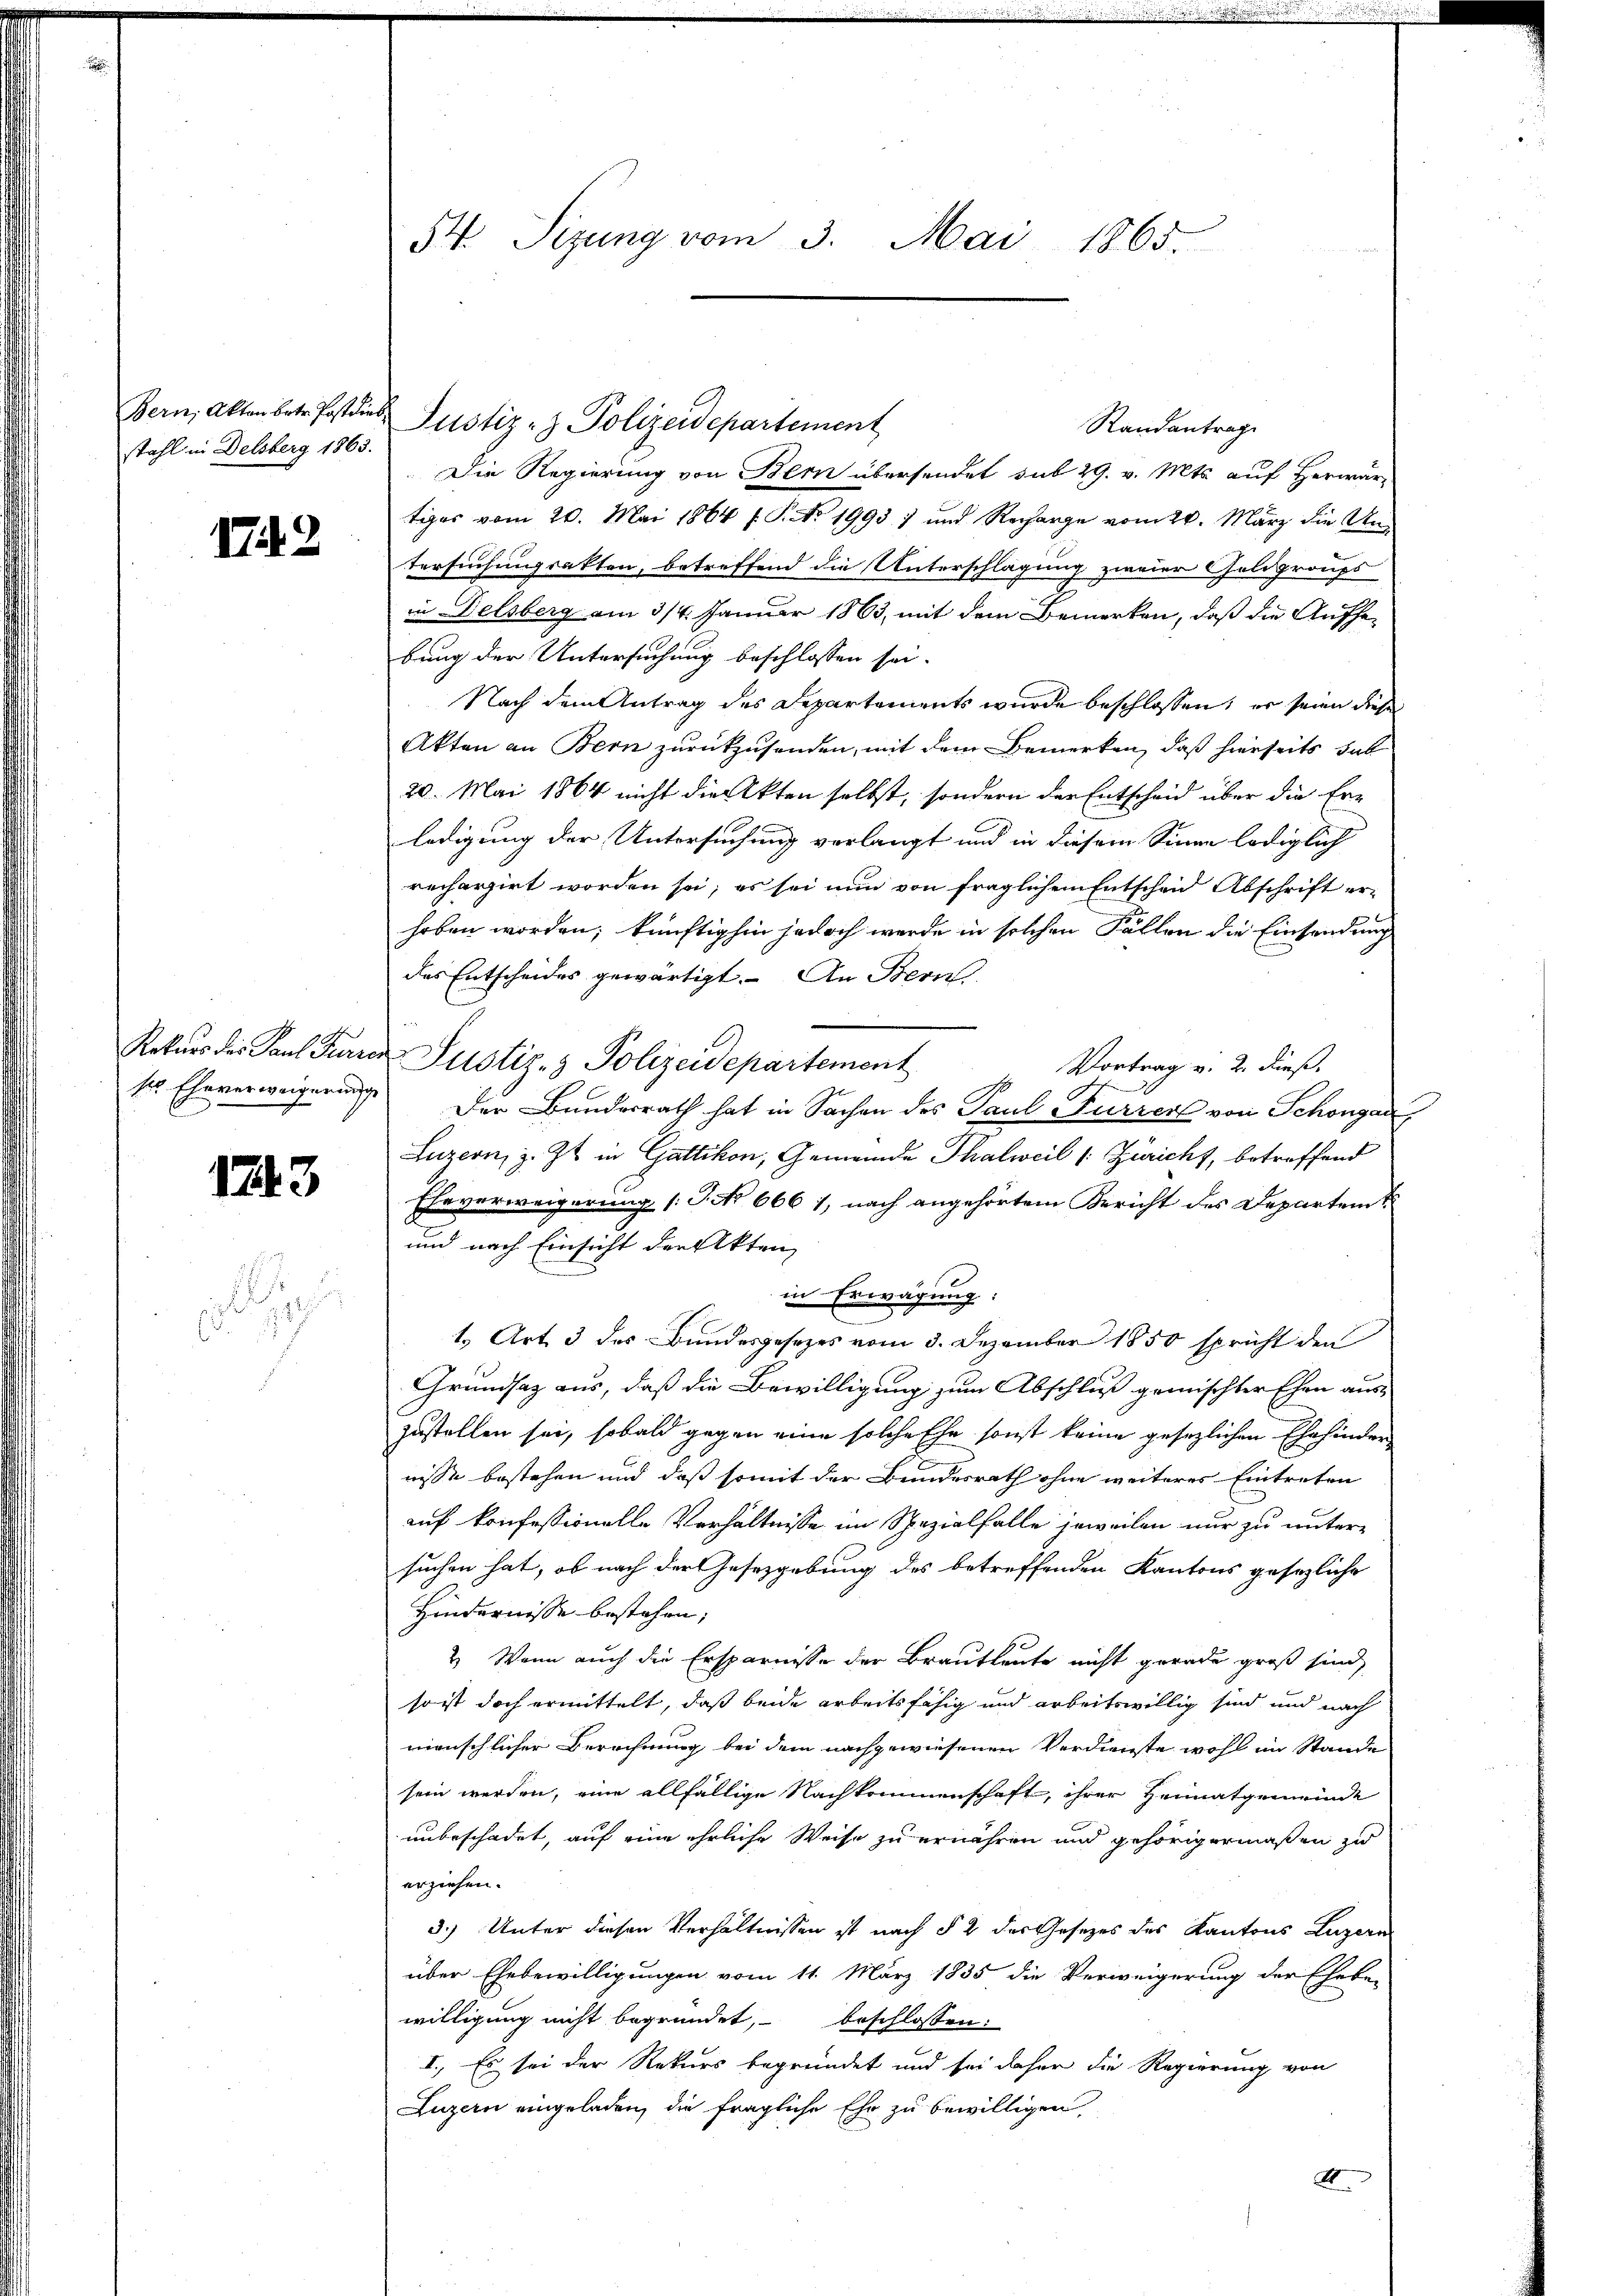
Bern, Akten betr. Postdieb
stahl in Delsberg 1863.

7.2

1243

A
7

Randantrage
Die Regierung von Bern übersendet sub 29. v. Mts. auf Herwärtiges vom 20. Mai 1864 f. P. No 19937 und Recharge vom 20. März die Untersuchungsakten, betreffend die Unterschlagung zweier Goldgroups
in Delsberg am 3/4. Januar 1863, mit dem Bemerken, daß die Aufhebung der Untersuchung beschlossen sei.
Nach dem Antrag des Departements wurde beschlossen; er seien diese
Akten an Bern zurückzusenden, mit dem Bemerken, daß hierseits hab
20. Mai 1864 nicht die Akten selbst, sondern der Entscheid über die Erledigung der Untersuchung verlangt und in diesem Sinne lediglich
rechargirt worden sei; es sei nun von fraglichen Entscheid Abschrift erhoben worden; künftighin jedoch werde in solchen Fällen die Einsendung
des Entscheides gewärtigt. An Bern
Rekurs des Paul Furren Justiz- & Polizeidepartement
Vortrag v. 2. dieß.
f
.
ser Eheverweigerung der Bundesrath hat in Sachen des Paul Furrer von Schöngar
Luzern, z. Zt. in Gattikon, Gemeinde Thalweil (: Züricht, betreffend
Eheverweigerung (T. No 6661, nach angehörtem Bericht des Departent
und nach Einsicht der Akten,
in Erwägung:
e
1. Art. 3 des Bundesgesetzes vom 3. Dezember 1850 spricht den
Grundsaz aus, daß die Bewilligung zum Abschluß gemischter Ehen aus-
zustellen sei, sobald gegen eine solche Ehe sonst keine gesezlichen Ehehinder
nisse bestehen und daß somit der Bundesrath ohne weiteres Eintreten
auf konfessionelle Verhältnisse im Spezialfalle jeweilen nur zu unter-
suchen hat, ob nach der Gesetzgebung des betreffenden Kantons gesezliche
Hindernisse bestehen;
2) Wenn auch die Ersparnisse der Brautleute nicht gerade groß sind,
so ist doch ermittelt, daß beide arbeitsfähig und arbeitswillig sind und nach
menschlicher Berechnung bei dem nachgewiesenen Verdienste wohl im Stande
sein werden, eine allfällige Nachkommenschaft, ihrer Heimatgemeinde
unbeschadet, auf eine ehrliche Weise zu ernähren und gehörigermaßen zu
erziehen.
3.) Unter diesen Verhältnissen ist nach § 2 der Gesetzes des Kantons Luzern
über Ehebewilligungen vom 11. März 1835 die Verweigerung der Ehebe-
willigung nicht begründet, beschlossen:
I. Es sei der Rekurs begründet und sei daher die Regierung von
Luzern eingeladen, die fragliche Ehe zu bewilligen,
A

54. Sizung vom 3. Mai 1865.

Justiz- & Polizeidepartement